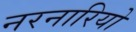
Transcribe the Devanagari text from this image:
नरनारियो